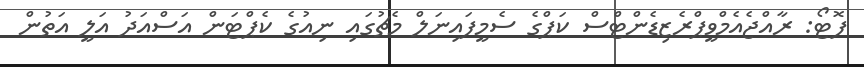
ފޮޓޯ: ރާއްޖެއެމްވީޕްރެޒިޑެންޓްސް ކަޕްގެ ސެމީފައިނަލް މެޗުގައި ނިއުގެ ކެޕްޓަން އަސްއަދު އަލީ އަތުން